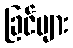
ခြင်များ